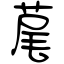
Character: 荱